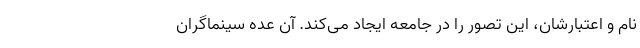
نام و اعتبارشان، این تصور را در جامعه ایجاد می‌کند. آن عده سینماگران